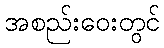
အစည်းဝေးတွင်